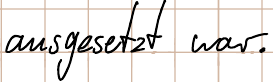
ausgesetzt war.